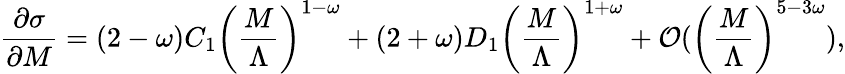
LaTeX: \frac{\partial\sigma}{\partial M}=(2-\omega)C_{1}\left(\frac{M}{\Lambda}\right)^{1-\omega}+(2+\omega)D_{1}\left(\frac{M}{\Lambda}\right)^{1+\omega}+{\cal O}(\left(\frac{M}{\Lambda}\right)^{5-3\omega}),